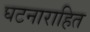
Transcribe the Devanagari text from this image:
घटनाराहित